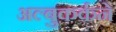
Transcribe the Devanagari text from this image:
अल्बुकर्कने